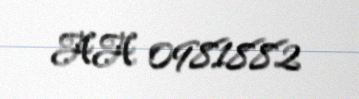
AA 0981882